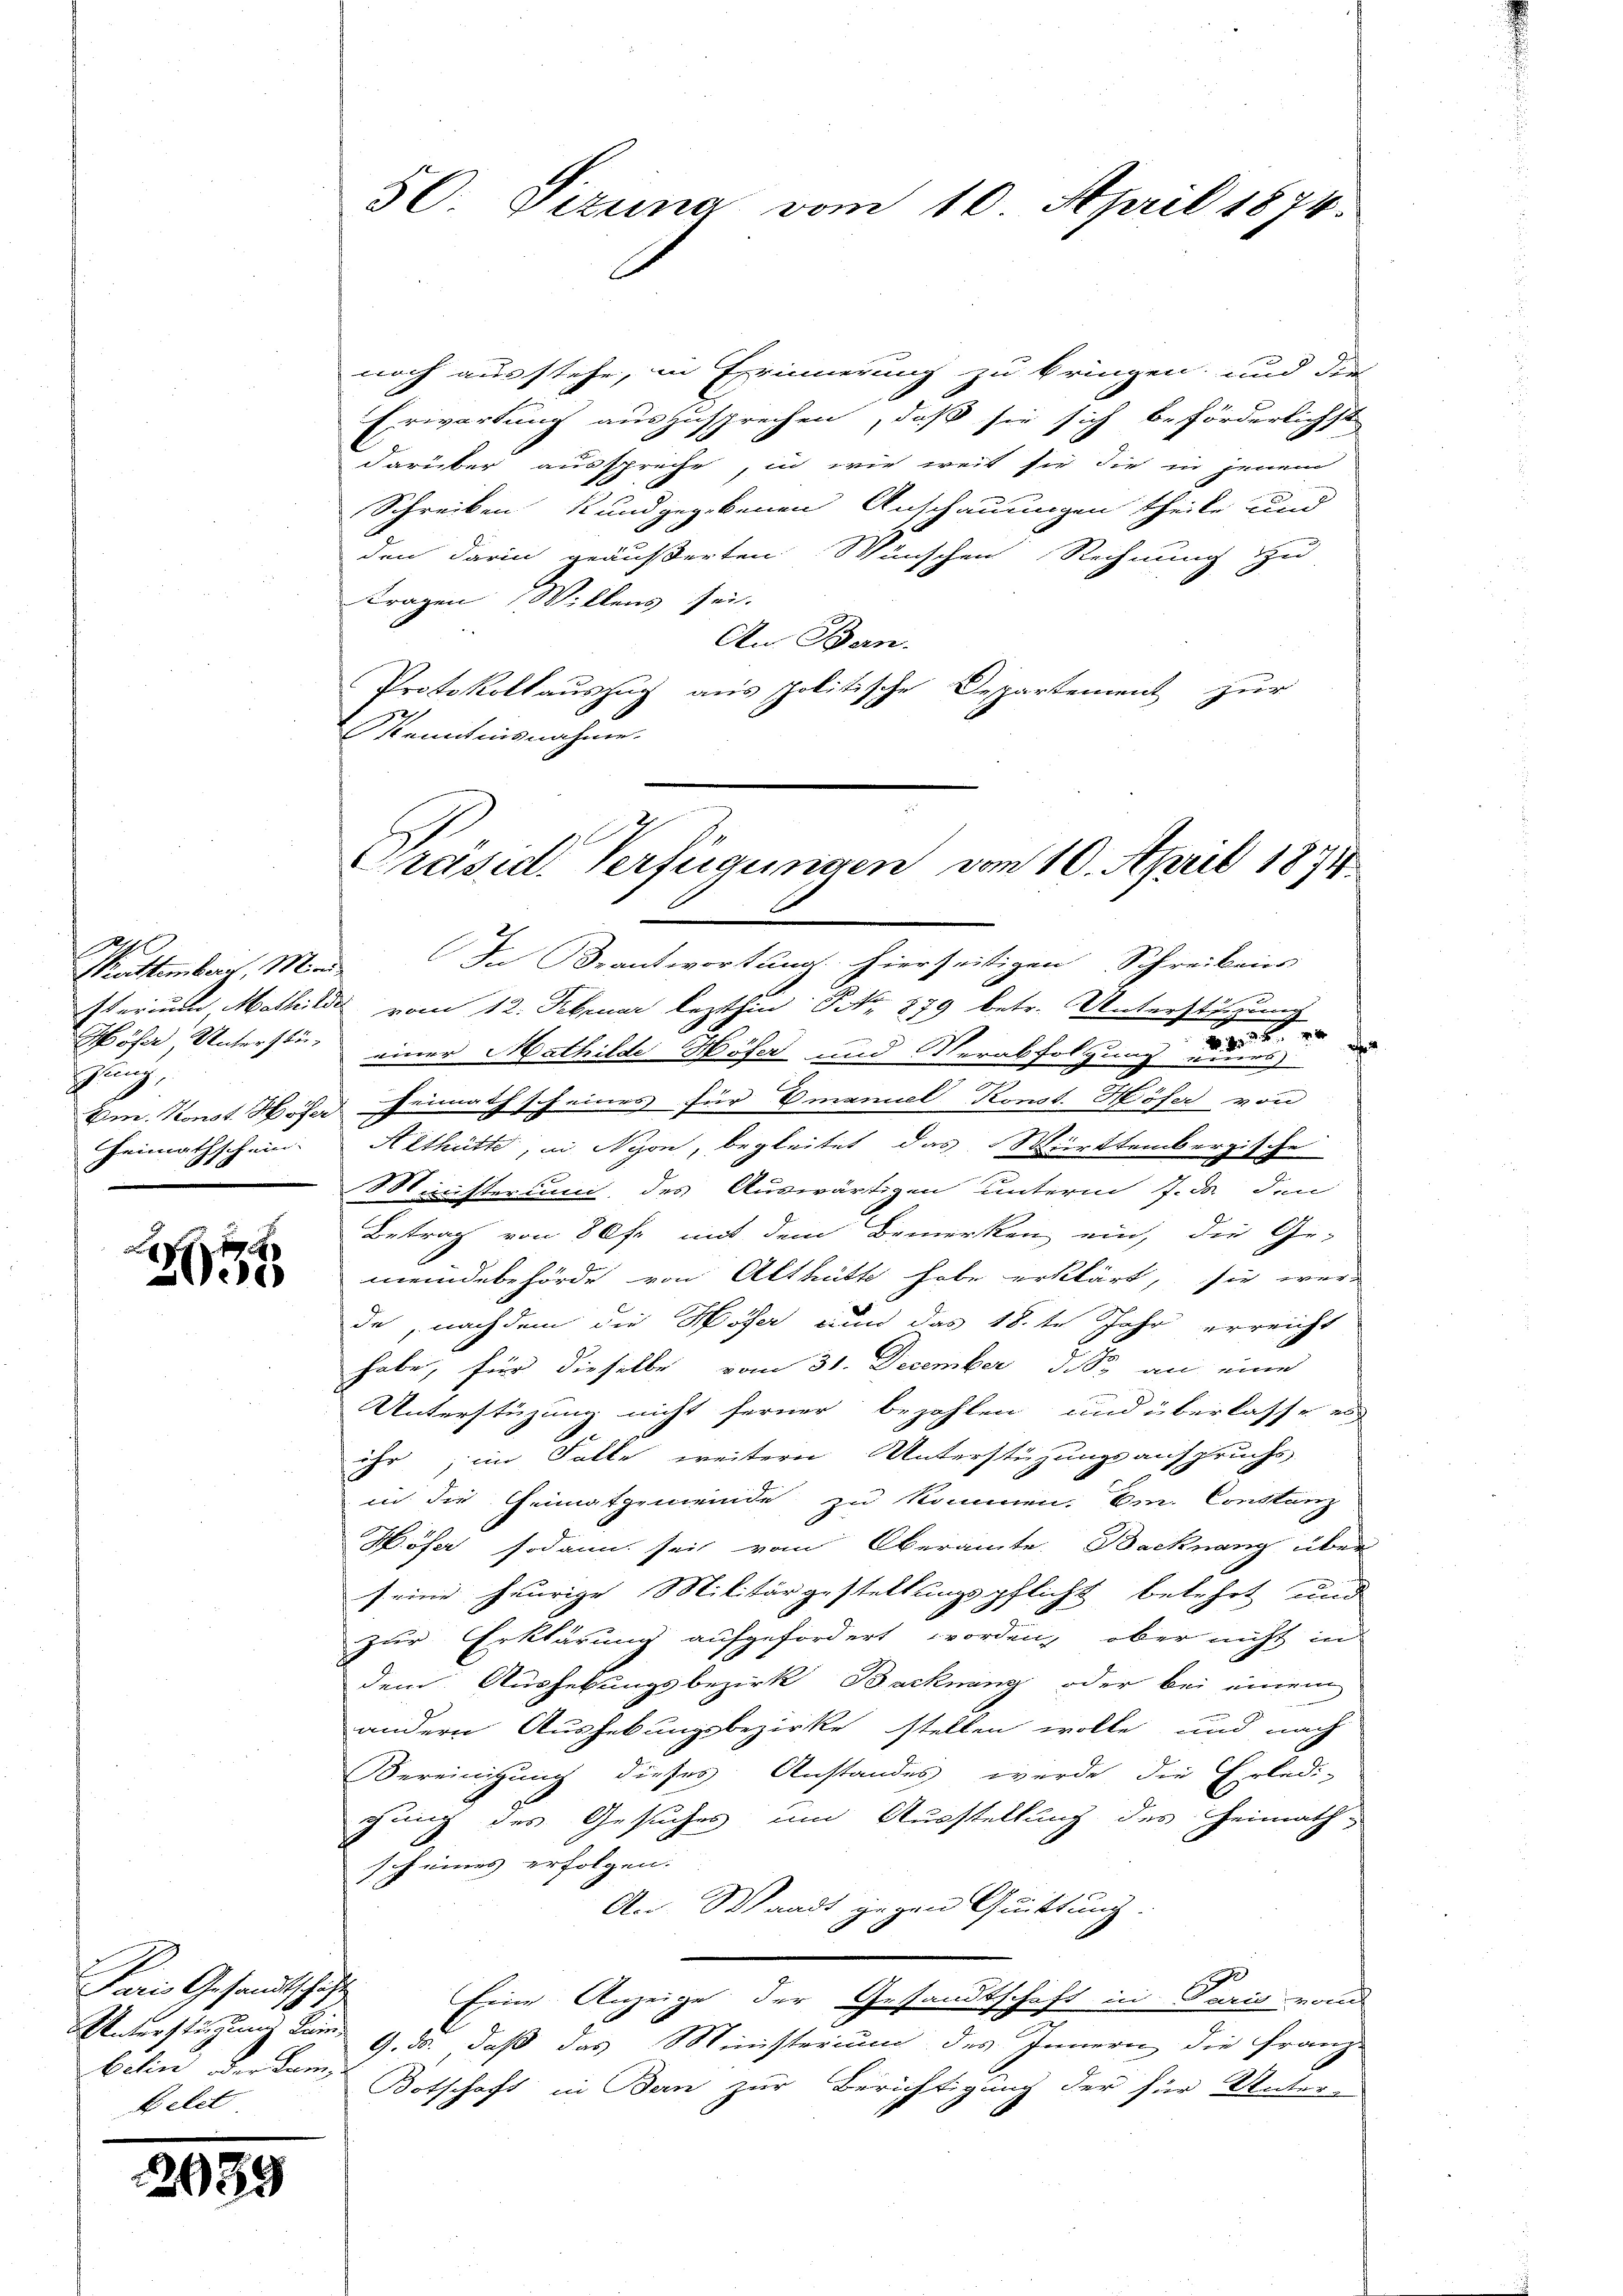
Prattemberg, Mind
Höser Unterstüehung
Heimathschun

Seele

Paris Gesandtschaft
Belet

2089

50. Sizung vom 10. April 1874.

noch ausstehe, in Erinnerung zu bringen, und die
Erwartung auszusprechen, daß sie sich beförderlichst
darüber ausspreche, in wie weit sie die in jenem
Schreiben Kundgegebenen Anschauungen theile und
den darin geäußerten Wünschen Rechnung zu-
Fragen Willens sei.
An Ban
Protokollauszug aus politische Departement zur
Manntnisnahme.

Präsid. Verfügungen vom 10. April 1874.

In Beantwortung hierseitigen Schreibens
sterium, Mathilde vom 12. Februar lezthin No 879 betr. Unterstützung
einer Mathilde Höfer und Verabfolgung de
Em. Konst Hose heimath scheines für Emanuel Konst. Höfer von
Aethütte, in Nyon, begleitet das Württembergische
Ministerium, des Auswärtigen unterm 7. ds. den
Betrag von 80fr. mit dem Bemerken ein, die Ge-
meindebehörde von Althütte habe erklärt, sie wer-
de, nachdem die Höher nun das 18 te Jahr erreicht
habe, für dieselbe vom 31. December d. B. an eine
Unterstüzung nicht ferner bezahlen und überlasse es
e
ihr; im Falle weitern Unterstüzungsanspruchs
in die Heimatgemeinde zu kommen. Im Constanz
Wöser sodann sei vom Oberamte Bachnang über
seine heurige Militärgestellungspflicht belehrt und
zur Erklärung aufgefordert worden, aber nicht in
dem Aushebungsbezirk Backnung oder bei einem
andern Aushebungsbezirke stellen wolle und nach
Vereinigung dieses Anstandes wurde die Erledi-
gung des Gesuches um Ausstellung des Heimath-
sch eines erfolgen.
An Waadt gegen Quittung.
7
Eine Anzeige der Gesandtschaft in Paris von
Unterstüzung kam 9. ds. daß das Ministerium des Innern die Franz-
behin der kam Botschaft in Bern zur Berichtigung der für Unter-